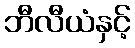
ဘီလီယံနှင့်